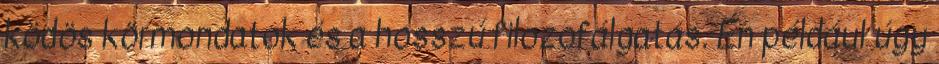
ködös körmondatok és a hosszú filozofálgatás. Én például úgy